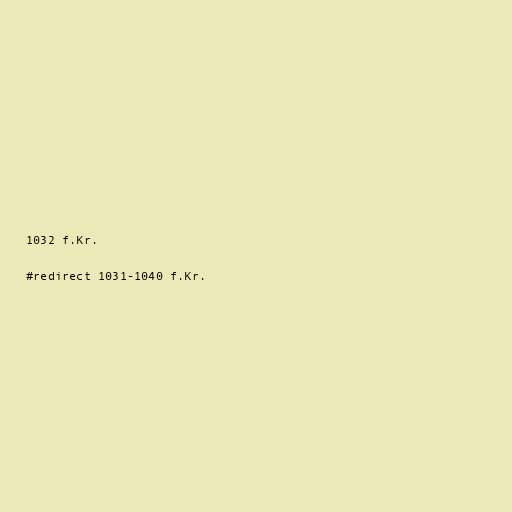
1032 f.Kr.

#redirect 1031-1040 f.Kr.